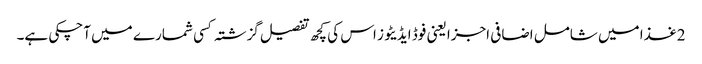
2غذا میں شامل اضافی اجزا یعنی فوڈ ایڈیٹوز اس کی کچھ تفصیل گزشتہ کسی شمارے میں آچکی ہے۔